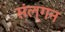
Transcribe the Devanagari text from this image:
संल्गन